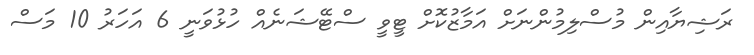
ރަޝިޔާއިން މުސްލިމުންނަށް އަމާޒުކޮށް ޓީވީ ސްޓޭޝަނެއް ހުޅުވަނީ 6 އަހަރު 10 މަސް